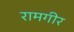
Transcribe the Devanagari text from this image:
रामगीर